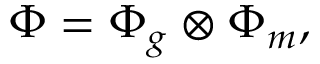
\Phi = \Phi _ { g } \otimes \Phi _ { m } ,